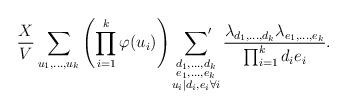
LaTeX: \begin{align*}\frac{X}{V}\sum_{u_1,\ldots,u_k}\left(\prod_{i=1}^k\varphi(u_i)\right)\sideset{}{^\prime}\sum_{\substack{d_1,\ldots,d_k\\e_1,\ldots,e_k\\u_i\mid d_i,e_i\forall i}}\frac{\lambda_{d_1,\ldots,d_k}\lambda_{e_1,\ldots,e_k}}{\prod_{i=1}^kd_ie_i}.\end{align*}